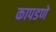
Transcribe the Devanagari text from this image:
कापडणे